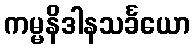
ကမ္မနိဒါနသင်္ခယော